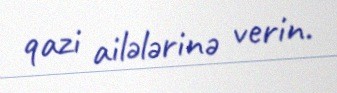
qazi ailələrinə verin.